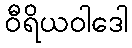
ဝီရိယဝါဒေါ